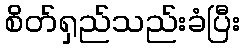
စိတ်ရှည်သည်းခံပြီး